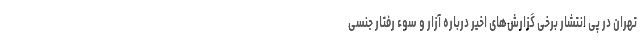
تهران در پی انتشار برخی گزارش‌های اخیر درباره آزار و سوء رفتار جنسی